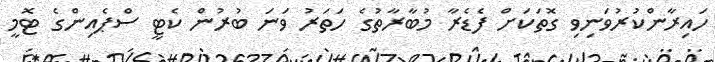
ހައިރާންކުރުވަނިވި ގޮތަކަށް ފެޑެރާ މުބާރާތުގެ ހަތަރު ވަނަ ބުރުން ކެޓީ ސްޕެއިންގެ ޓޮމީ